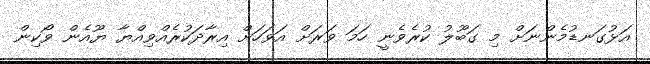
އަޅުގަނޑުމެންނަށް މި ގަބޫލު ކުރެވެނީ ހަމަ ވަރަށް އަވަހަށް އިރާދަކުރެއްވިއްޔާ ޔޫއެން ވޯކިން